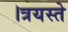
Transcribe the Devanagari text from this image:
।त्रयस्ते